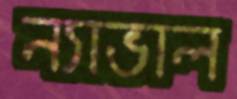
ন্যাভাল